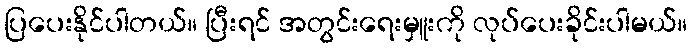
ပြပေးနိုင်ပါတယ်။ ပြီးရင် အတွင်းရေးမှူးကို လုပ်ပေးခိုင်းပါမယ်။